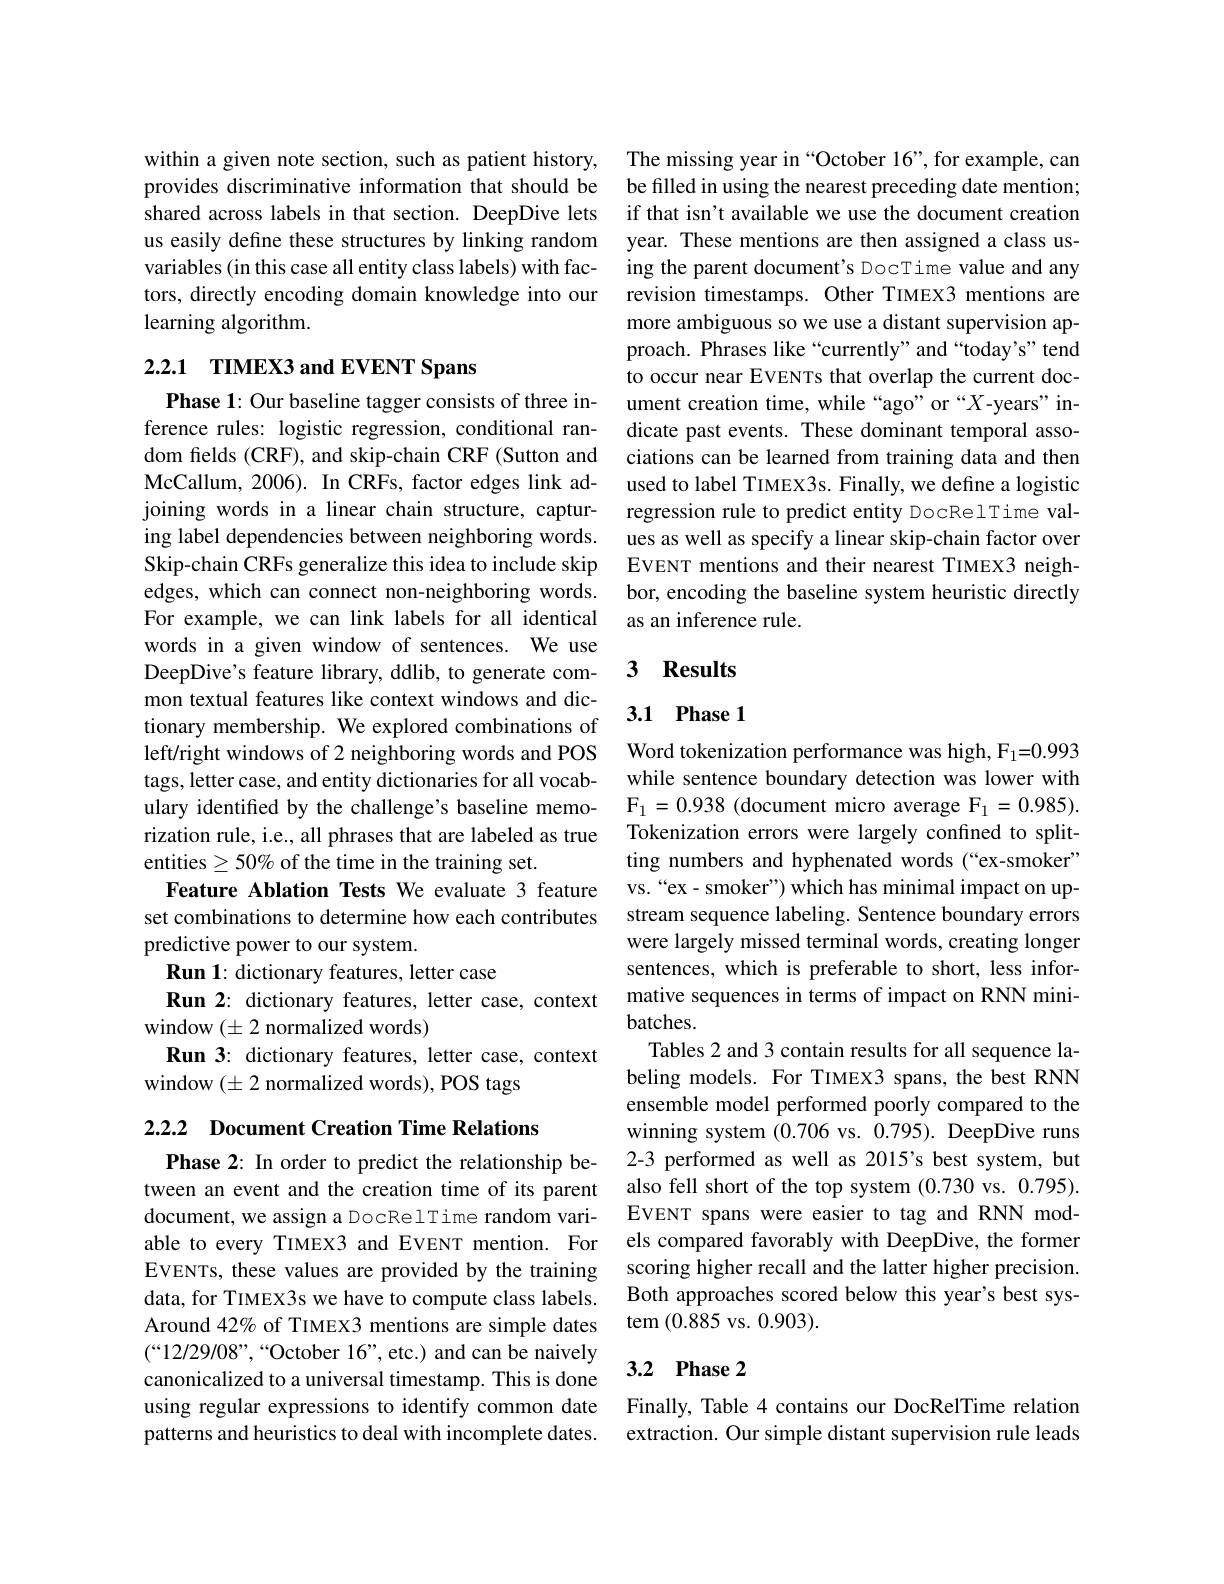
within a given note section, such as patient history, provides discriminative information that should be shared across labels in that section. DeepDive lets us easily define these structures by linking random variables (in this case all entity class labels) with factors, directly encoding domain knowledge into our ${\mathrm{learning~algorithm}}.$

## 2.2.1 TIMEX3 and EVENT Spans

Phase 1: Our baseline tagger consists of three inference rules: logistic regression, conditional random fields (CRF), and skip-chain CRF (Sutton and McCallum, 2006). In CRFs, factor edges link adjoining words in a linear chain structure, capturing label dependencies between neighboring words. Skip-chain CRFs generalize this idea to include skip edges, which can connect non-neighboring words. For example, we can link labels for all identical words in a given window of sentences. We use DeepDive's feature library, ddlib, to generate common textual features like context windows and dictionary membership. We explored combinations of left/right windows of 2 neighboring words and POS tags, letter case, and entity dictionaries for all vocabulary identified by the challenge's baseline memorization rule, i.e., all phrases that are labeled as true entities$\geq50\%$ of the time in the training set.
Feature Ablation Tests We evaluate 3 feature set combinations to determine how each contributes predictive power to our system.
Run 1: dictionary features, letter case
Run 2: dictionary features, letter case, context
window $(\pm2$ normalized words)
Run 3: dictionary features, letter case, context
window $(\pm2$ normalized words), POS tags

2.2.2 Document Creation Time Relations

Phase 2: In order to predict the relationship between an event and the creation time of its parent document, we assign a DocRelTime random variable to every TIMEX3 and EVENT mention. For EVENTs, these values are provided by the training data, for TIMEX3s we have to compute class labels. Around 42% of TIMEX3 mentions are simple dates $(“12/29/08”,“$October 16”,etc.) and can be naively canonicalized to a universal timestamp. This is done using regular expressions to identify common date patterns and heuristics to deal with incomplete dates.

The missing year in “October 16”, for example, can be filled in using the nearest preceding date mention; if that isn't available we use the document creation year. These mentions are then assigned a class using the parent document's DocTime value and any revision timestamps. Other TIMEX3 mentions are more ambiguous so we use a distant supervision approach. Phrases like“currently”and“today’s" tend to occur near EVENTs that overlap the current document creation time, while “ago” or “X-years" indicate past events. These dominant temporal associations can be learned from training data and then used to label TIMEX3s. Finally, we define a logistic regression rule to predict entity DocRelTime values as well as specify a linear skip-chain factor over EVENT mentions and their nearest TIMEX3 neighbor, encoding the baseline system heuristic directly as an inference rule.

## 3 Results

### 3.1 Phase 1

Word tokenization performance was high, F$_1=0.993$ while sentence boundary detection was lower with $\mathrm{F}_{1}=0.938$ (document micro average $\mathrm{F}_1=0.985).$ Tokenization errors were largely confined to splitting numbers and hyphenated words (“ex-smoker” vs.“ex- smoker”) which has minimal impact on upstream sequence labeling. Sentence boundary errors were largely missed terminal words, creating longer sentences, which is preferable to short, less informative sequences in terms of impact on RNN minibatches.
Tables 2 and 3 contain results for all sequence labeling models. For TIMEX3 spans, the best RNN ensemble model performed poorly compared to the winning system (0.706 vs. 0.795). DeepDive runs 2-3 performed as well as 2015's best system, but also fell short of the top system (0.730 vs. 0.795). EVENT spans were easier to tag and RNN models compared favorably with DeepDive, the former scoring higher recall and the latter higher precision. Both approaches scored below this year's best system (0.885 vs. 0.903).

## 3.2 Phase 2

Finally, Table 4 contains our DocRelTime relation extraction. Our simple distant supervision rule leads